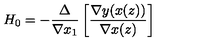
H _ { 0 } = - \frac { \Delta } { \nabla x _ { 1 } } \left[ \frac { \nabla y ( x ( z ) ) } { \nabla x ( z ) } \right]